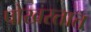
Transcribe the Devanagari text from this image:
पोखरतात